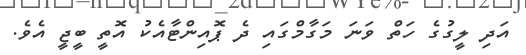
އަދި ލީގުގެ ހަތް ވަނަ މަގާމްގައި ދެ ޕޮއިންޓާއެކު އޮތީ ބީޖީ އެވެ.